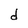
Character: d